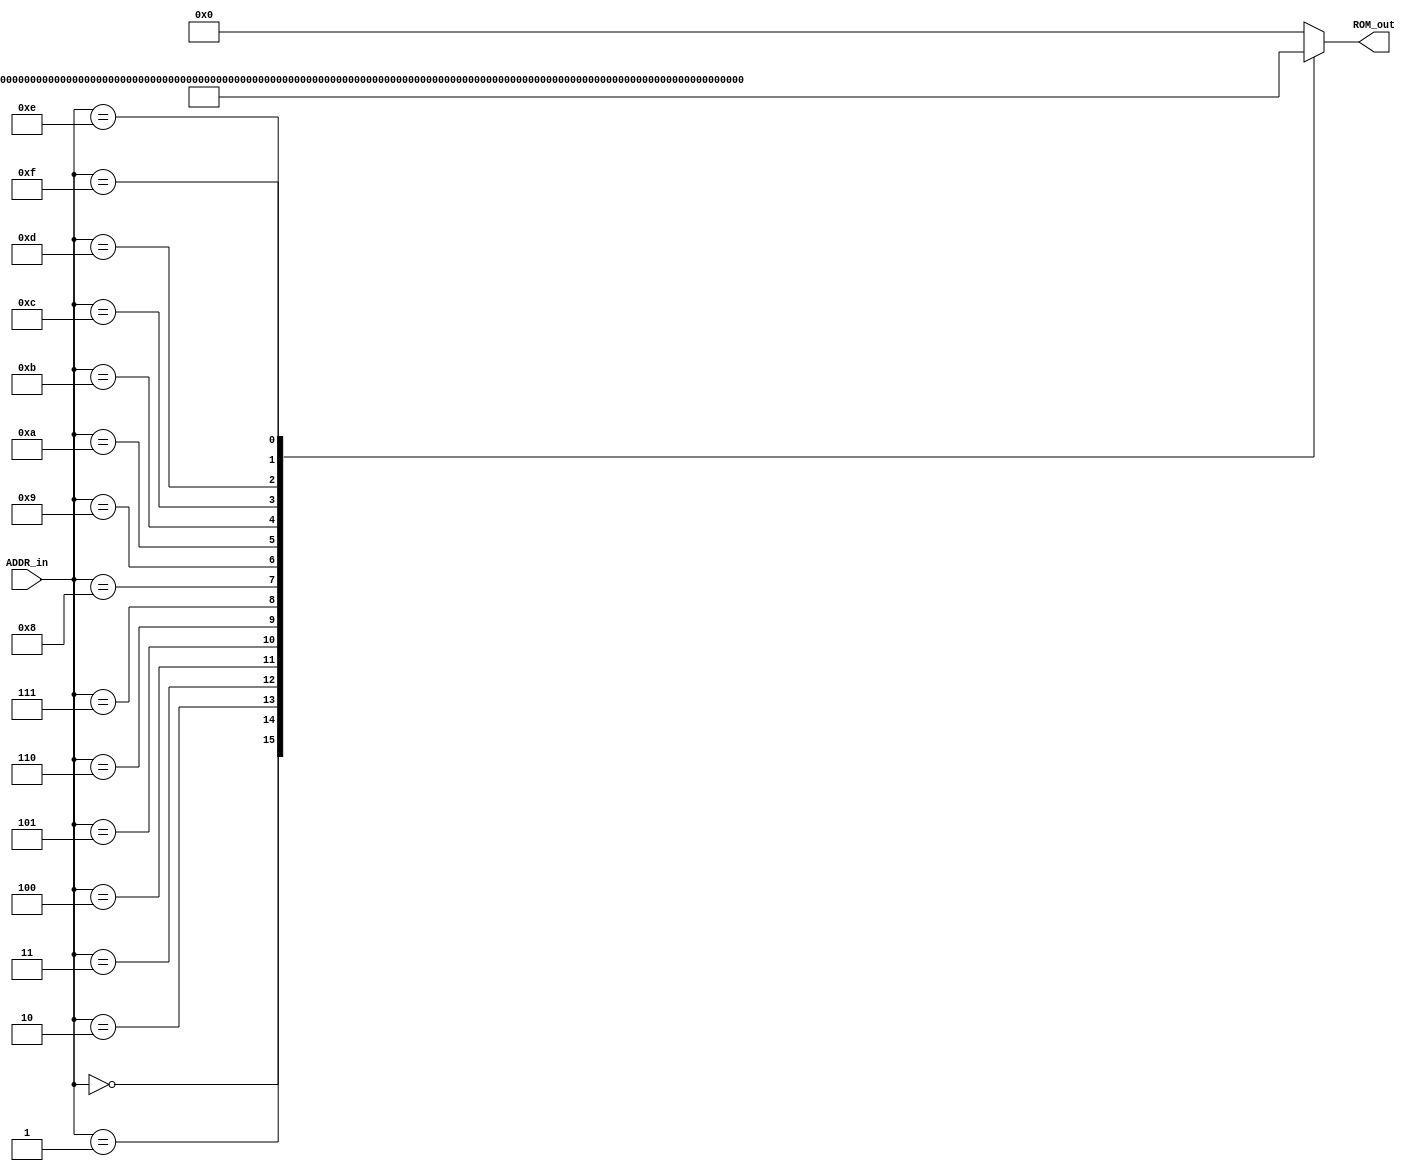
/*
 * DO NOT EDIT THIS FILE, your changes will be overwritten
 * This is an automatically generated file.
 * It was generated with uasm, the microassembler, on
 * Wed Nov 18 13:05:44 2020
 */

/*
 * The assembly file generated a total data width of 45 bits for 
 * 9 fields. The maximum address encountered was 0x7ff, needing 
 * 11 bits
 */

module MICROCODE_ROM (ADDR_in,ROM_out);
   input  [10:0] ADDR_in;
   output [44:0] ROM_out;

   reg    [44:0] ROM_out_r;

   assign ROM_out = ROM_out_r;
   always @(ADDR_in)
     begin
        case(ADDR_in)
          /* START: */
          11'h0: ROM_out_r = 45'b000_000_001_0000_0000_0_0000_0000000000000100_0100000;// R1 = 4
          11'h1: ROM_out_r = 45'b000_000_010_0000_0000_0_0000_0000000000000010_0100000;// R2 = 2
          11'h2: ROM_out_r = 45'b000_000_100_0000_0000_0_0000_0000000000000111_0100000;// R4 = 7
          11'h3: ROM_out_r = 45'b001_010_011_0100_1111_0_0000_0000000000000000_0000000;
          11'h4: ROM_out_r = 45'b000_000_000_0000_0000_0_0010_0000000000000110_0000000;
          11'h5: ROM_out_r = 45'b100_001_100_0011_1111_0_0001_0000000000001001_0000000;
          /* L1: */
          11'h6: ROM_out_r = 45'b000_000_000_0000_0000_0_0101_0000000000001000_0000000;
          11'h7: ROM_out_r = 45'b100_000_100_0001_1100_0_0001_0000000000001001_0000000;
          /* L2: */
          11'h8: ROM_out_r = 45'b100_010_100_0011_1111_0_0001_0000000000001001_0000000;
          /* MULT: */
          11'h9: ROM_out_r = 45'b000_000_100_0000_0000_0_0000_0000000000000000_0100000;
          11'ha: ROM_out_r = 45'b100_010_101_0011_1111_0_0000_0000000000000000_0000000;
          11'hb: ROM_out_r = 45'b000_000_000_0000_0000_0_0100_0000000000001111_0000000;
          /* MULTREP: */
          11'hc: ROM_out_r = 45'b001_100_100_0011_1111_0_0000_0000000000000000_0000000;
          11'hd: ROM_out_r = 45'b010_000_010_0010_1100_0_0000_0000000000000000_0000000;
          11'he: ROM_out_r = 45'b000_000_000_0000_0000_0_0101_0000000000001100_0000000;
          /* DONE: */
          11'hf: ROM_out_r = 45'b100_000_000_0000_0000_0_0001_0000000000000000_0000000;
          11'h7ff: ROM_out_r = 45'b000_000_000_0000_0000_0_0000_0000000000000000_0000000;
          default: ROM_out_r = 45'b0;
       endcase
     end
endmodule